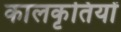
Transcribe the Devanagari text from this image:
कालकृतियों